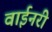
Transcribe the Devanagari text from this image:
वाईनरी